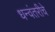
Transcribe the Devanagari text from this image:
धन्वंतरीचे